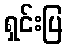
ရှင်းပြ